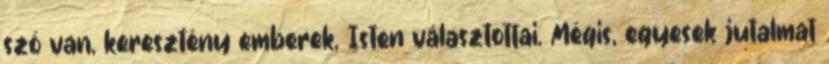
szó van, keresztény emberek, Isten választottai. Mégis, egyesek jutalmat